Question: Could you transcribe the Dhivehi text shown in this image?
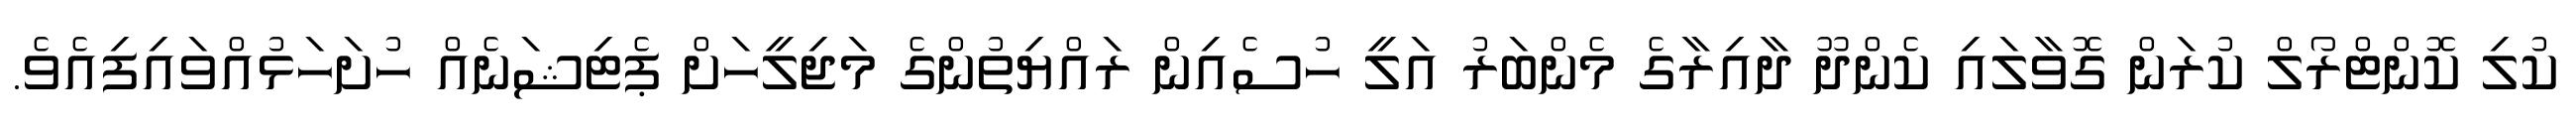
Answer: ކުލި ކޮންޓްރޯލް ކުރަން ގޮވާލައި ކެންދޫ ދާއިރާގެ މެންބަރު އަލީ ހުސެއިން ރައްޔިތުންގެ މަޖިލީހަށް ޕެޓިޝަނެއް ހުށަހަޅުއްވައިފިއެވެ.